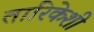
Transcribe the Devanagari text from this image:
तारिकेशी